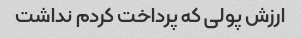
ارزش پولی که پرداخت کردم نداشت